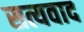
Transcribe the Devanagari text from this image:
सत्यवाद